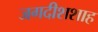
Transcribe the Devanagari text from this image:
जगदीशशाह